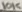
Text: 10K